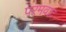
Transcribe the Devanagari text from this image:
परमवाद